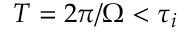
T = 2 \pi / \Omega < \tau _ { i }